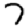
Digit: 7